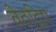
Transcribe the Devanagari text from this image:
वेठद्विप